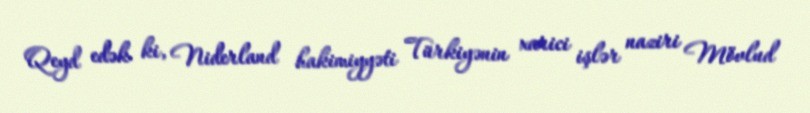
Qeyd edək ki, Niderland hakimiyyəti Türkiyənin xarici işlər naziri Mövlud